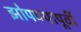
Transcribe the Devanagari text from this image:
झोपण्यापूर्वी